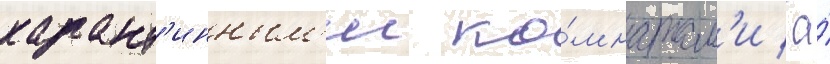
карант'инным'и ко́мнатам'и / а́